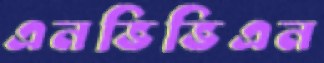
এনভিভিএন